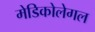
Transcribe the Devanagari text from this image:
मेडिकोलेगल